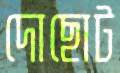
দোছোট